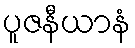
ပူဇနီယာနံ